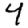
Digit: 4